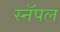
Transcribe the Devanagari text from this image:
स्नॅपल